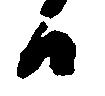
日